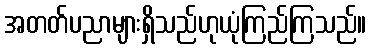
အတတ်ပညာများရှိသည်ဟုယုံကြည်ကြသည်။